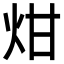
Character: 㶰